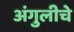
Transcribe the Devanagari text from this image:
अंगुलीचे